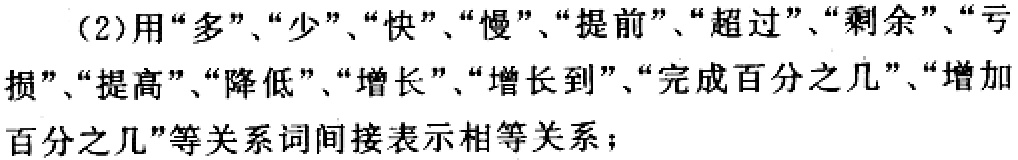
(2)用“多”、“少”、“快”、“慢”、“提前”、“超过”、“剩余”、“亏损”、“提高”、“降低”、“增长”、“增长到”、“完成百分之几”、“增加百分之几”等关系词间接表示相等关系；